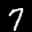
Label: 7